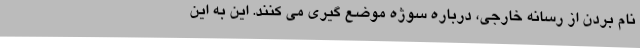
نام بردن از رسانه خارجی، درباره سوژه موضع گیری می کنند. این به این